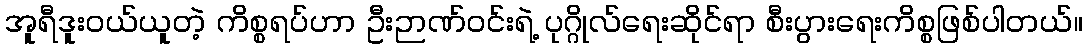
အူရီဒူးဝယ်ယူတဲ့ ကိစ္စရပ်ဟာ ဦးဉာဏ်ဝင်းရဲ့ ပုဂ္ဂိုလ်ရေးဆိုင်ရာ စီးပွားရေးကိစ္စဖြစ်ပါတယ်။